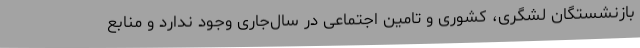
بازنشستگان لشگری، کشوری و تامین اجتماعی در سال‌جاری وجود ندارد و منابع